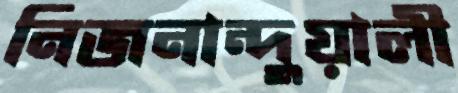
নিজনান্দুয়ালী